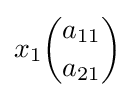
x_{1}{\binom {a_{11}}{a_{21}}}